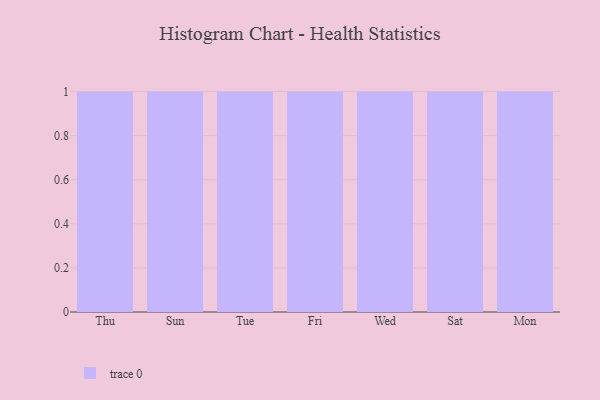
{"axis": {"x": "Day", "y": "Net Income (USD K)"}, "legend": [""], "data": [{"x": "Thu", "y": 35, "type": ""}, {"x": "Sun", "y": 95, "type": ""}, {"x": "Tue", "y": 60, "type": ""}, {"x": "Fri", "y": 52, "type": ""}, {"x": "Wed", "y": 54, "type": ""}, {"x": "Sat", "y": 82, "type": ""}, {"x": "Mon", "y": 35, "type": ""}]}